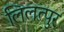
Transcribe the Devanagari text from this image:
लिलत्पुर